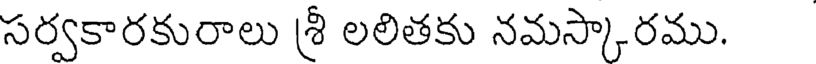
సర్వకారకురాలు శ్రీ లలితకు నమస్కారము.